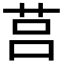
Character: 莒